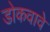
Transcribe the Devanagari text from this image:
डोकवावे